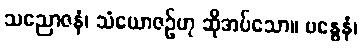
သညောဇနံ၊ သံယောဇဉ်ဟု ဆိုအပ်သော။ ဗန္ဓေနံ၊